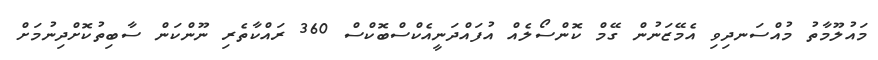
މައުލޫމާތު މުއްސަނދިވި އެމޭޒަނުން ގޭމް ކޮންސޯލެއް އުފައްދަނީއެކްސްބޮކްސް 360 ރައްކާތެރި ނޫންކަން ސާބިތުކޮށްދިނުމަށް